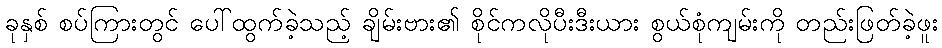
ခုနှစ် စပ်ကြားတွင် ပေါ်ထွက်ခဲ့သည့် ချိမ်းဗား၏ စိုင်ကလိုပီးဒီးယား စွယ်စုံကျမ်းကို တည်းဖြတ်ခဲ့ဖူး